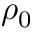
\rho _ { 0 }